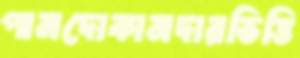
পানদোকানদারভিত্তি